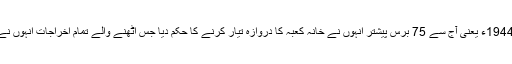
سنہ 1363ھ بہ مطابق 1944ء یعنی آج سے 75 برس پیشتر انہوں نے خانہ کعبہ کا دروازہ تیار کرنے کا حکم دیا جس اٹھنے والے تمام اخراجات انہوں نے اپنی جیب سے ادا کیے۔